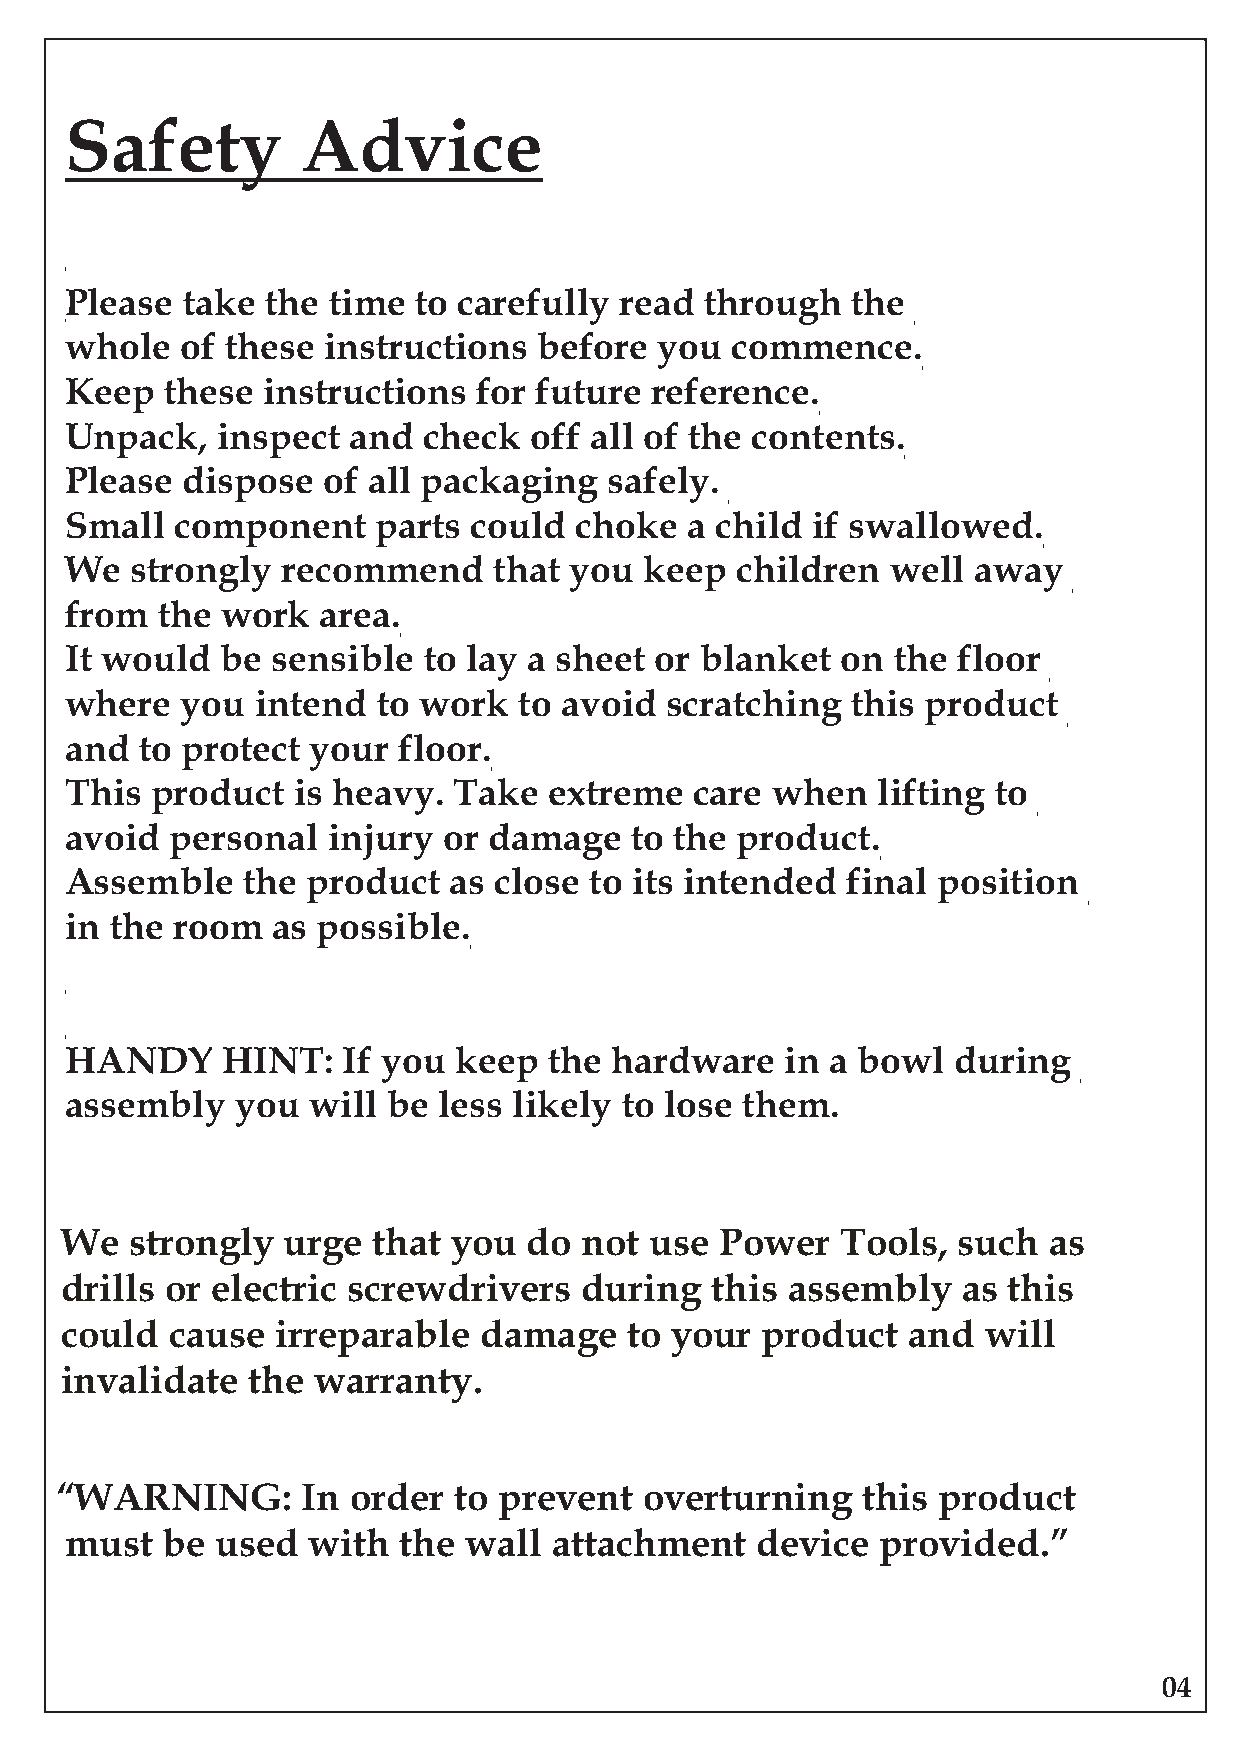
Safety          Advice
 Please  take  the time to carefully  read  through  the
 whole   of these instructions   before  you commence.
 Keep   these instructions   for future reference.
 Unpack,   inspect  and  check  off all of the contents.
 Please  dispose  of all packaging   safely.
 Small   component    parts could  choke  a child  if swallowed.
 We   strongly  recommend     that you  keep  children  well away
 from  the  work  area.
 It would   be sensible  to lay a sheet or blanket   on the floor
 where   you  intend  to work  to avoid  scratching  this product
 and  to protect  your floor.
 This  product  is heavy.  Take  extreme   care when   lifting to
 avoid  personal   injury or damage    to the product.
 Assemble    the product   as close to its intended  final position
 in the room   as possible.
 HANDY      HINT:   If you keep  the  hardware   in a bowl  during
 assembly    you will  be less likely to lose them.
 We   strongly  urge  that you  do  not use  Power   Tools, such  as
 drills or electric screwdrivers   during   this assembly    as this
 could  cause  irreparable   damage   to your  product   and  will
 invalidate  the  warranty.
 “WARNING:       In order  to prevent   overturning   this product
 must   be used  with  the  wall  attachment   device  provided.”
 04